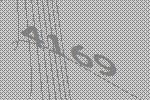
4169